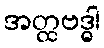
အတ္ထဗဒ္ဓါ